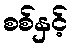
စစ်နှင့်